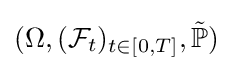
(\Omega ,({\mathcal {F}}_{t})_{t\in [0,T]},{\tilde {\mathbb {P} }})